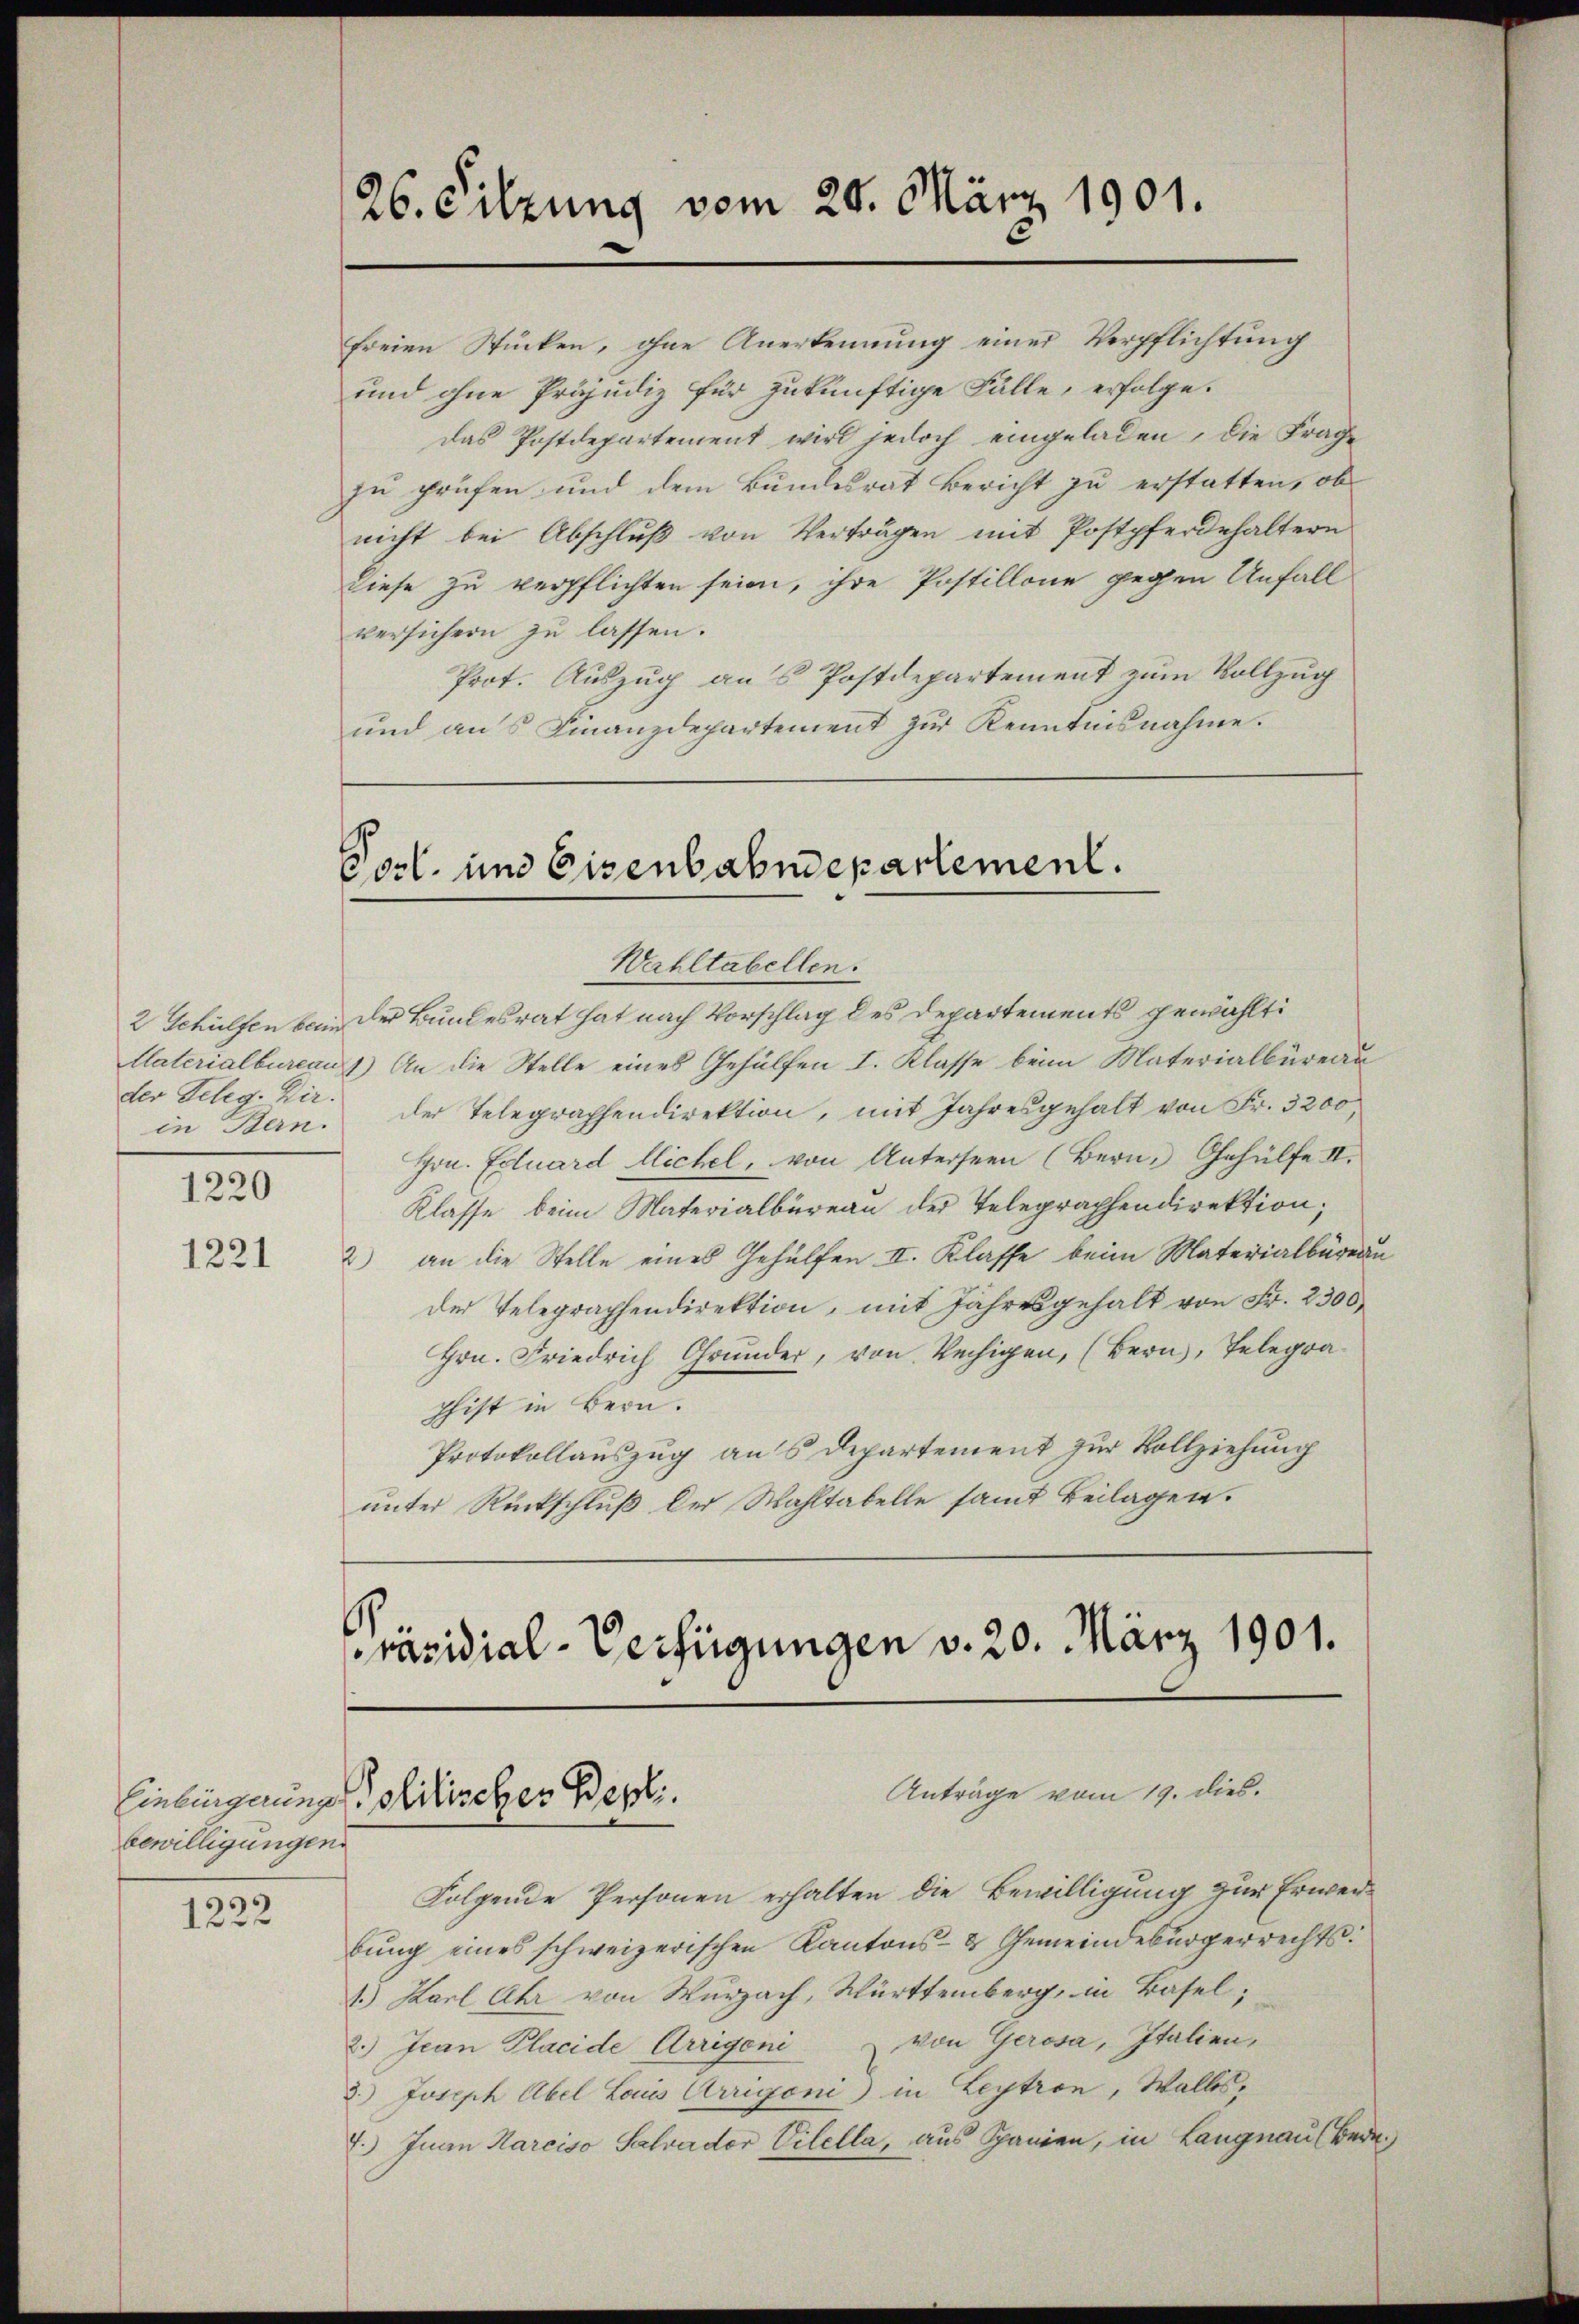
2 Gehülfen berin
der Teleg. Dir.
in Bern.

1221

1220

bewilligungen

1222

26. Sitzung vom 20. März 1901.

freien Stücken, ohne Anerkennung einer Verpflichtung
und ohne Präjudiz für zukünftige Fälle, erfolge.
Das Postdepartement wird jedoch eingeladen, die Frage
zu prüfen und dem Bundesrat Bericht zu erstatten, ob
nicht bei Abschluß von Verträgen mit Postpferdehaltern
Diese zu verpflichten seien, ihre Postillone gegen Unfall
versichern zu lassen.
Prot. Auszug ans Postdepartement zum Vollzug
und ans Finanzdepartement zŭr Kenntnisnahme.

Post und Eisenbahndepartement.

Wahltabellen.
Der Bundesrat hat nach Vorschlag des Departements gewählt
Materialbureaus) An die Stelle eines Gehülfen I. Klasse beim Materialbüreau
der Telegraphendirektion, mit Jahresgehalt von Fr. 3200,
Hrn. Ecluard llichel, von Untersten (Bern, Gehülfe II.
Klasse beim Materialbüreau der Telegraphendirektion;
2) an die Stelle eines Gehülfen II. Klasse beim Materialbureau
der Telegraphendirektion, mit Jahresgehalt von Fr. 2300
Hrn. Friedrich Grunder, von Vechigen, (Bern, Telegrashist in Bern.
Protokollauszug aus Departement zur Vollziehung
unter Rückschluß der Wahltabelle samt Beilagen.

Präsidial-Verfügungen v. 20. März 1901.
Anträge vom 19. dies.
Einbingerung Solitischer Berli

Folgende Personen erhalten die Bewilligung zur Erwerbung eines schweizerischen Kantons- & Gemeindebürgerrechts:
1.) Karl Uhr von Wurzach, Württemberg, in Basel;
2.) Jean Placide Arrigoni von Gerosa, Italien,
3.) Joseph Abel Louis Arrigoni) in Leytron, Walles,
7.) Juan Marciso Salvader Vilella, aus Spanien, in Langnau (Bern.